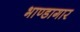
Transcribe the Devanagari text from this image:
भाण्डागार